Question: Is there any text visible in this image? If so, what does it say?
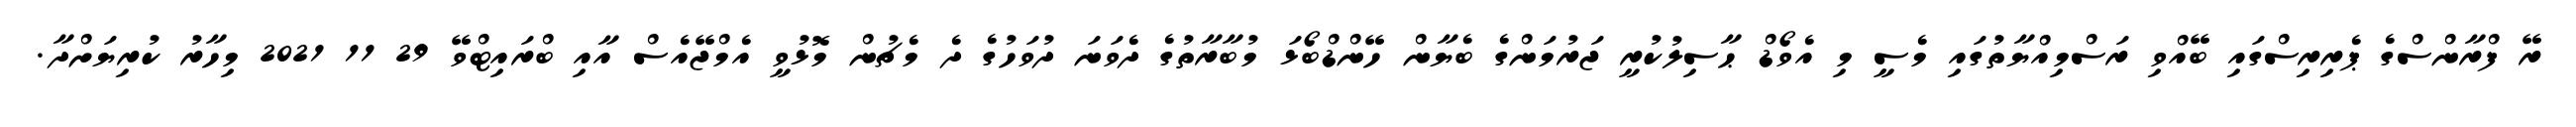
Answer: ރޭ ފްރާންސްގެ ޕެރިރިސްގައި ބޭއްވި ރަސްމިއްޔާތުގައި މެސީ މި އެވޯޑް ޙާސިލުކުރީ ޖަރުމަންގެ ބެޔާން ހޭންޑްބޯޅަ މުބާރާތުގެ ދެވަނަ ދުވަހުގެ ދެ މެޗުން މޮޅުވީ އެމްޖޭއެސް އާއި ބްރައިޓްވޭ 29 11 2021 މިހާރު ކުރިޔަށްދާ.